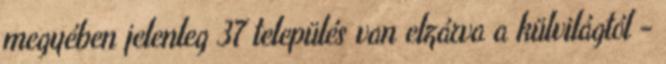
megyében jelenleg 37 település van elzárva a külvilágtól -